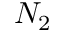
N _ { 2 }